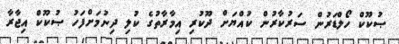
ޞުކޫކް ހޯލްޑަރުން ސަރުކާރުން ކުއްޔަށް ދޫކުރި އިމާރާތުގެ ކުލި ދިނުމަށްފަހު ޞުކޫކް އިޖާރާ